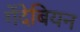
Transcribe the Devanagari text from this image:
गेंदेबियन